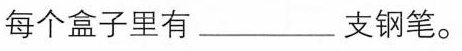
每个盒子里有___支钢笔。